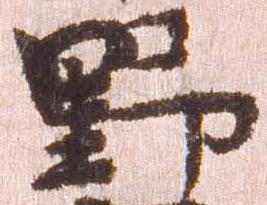
野